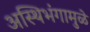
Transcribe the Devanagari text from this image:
अस्थिभंगामुळे